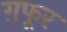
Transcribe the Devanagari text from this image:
ग़फूर